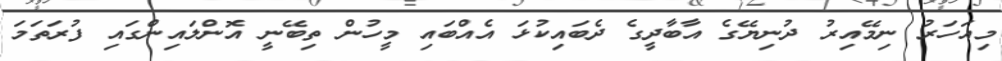
މިއަހަރު ނިމޭއިރު ދުނިޔޭގެ އާބާދީގެ ދެބައިކުޅަ އެއްބައި މީހުން ތިބޭނީ އޮންލައިންގައި ފުރަތަމަ